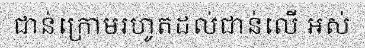
ជាន់ក្រោមរហូតដល់ជាន់លើ អស់